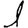
Digit: 1